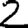
Digit: 2